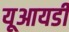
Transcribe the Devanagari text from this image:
यूआयडी